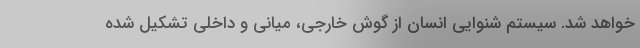
خواهد شد. سیستم شنوایی انسان از گوش خارجی، میانی و داخلی تشکیل شده